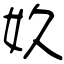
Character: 奺